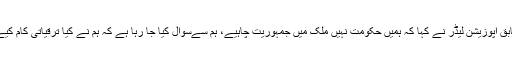
سابق اپوزیشن لیڈر نے کہا کہ ہمیں حکومت نہیں ملک میں جمہوریت چاہیے، ہم سےسوال کیا جا رہا ہے کہ ہم نے کیا ترقیاتی کام کیے؟